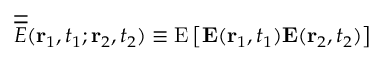
\overline { { \overline { { E } } } } ( { \bf r } _ { 1 } , t _ { 1 } ; { \bf r } _ { 2 } , t _ { 2 } ) \equiv \mathrm { E } \left[ { \bf E } ( { \bf r } _ { 1 } , t _ { 1 } ) { \bf E } ( { \bf r } _ { 2 } , t _ { 2 } ) \right]